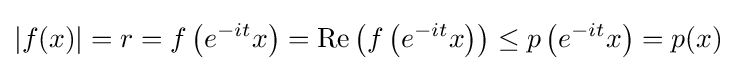
|f(x)|=r=f\left(e^{-it}x\right)=\operatorname {Re} \left(f\left(e^{-it}x\right)\right)\leq p\left(e^{-it}x\right)=p(x)